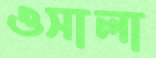
ওসালা